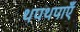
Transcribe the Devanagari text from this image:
थपथपाएँ